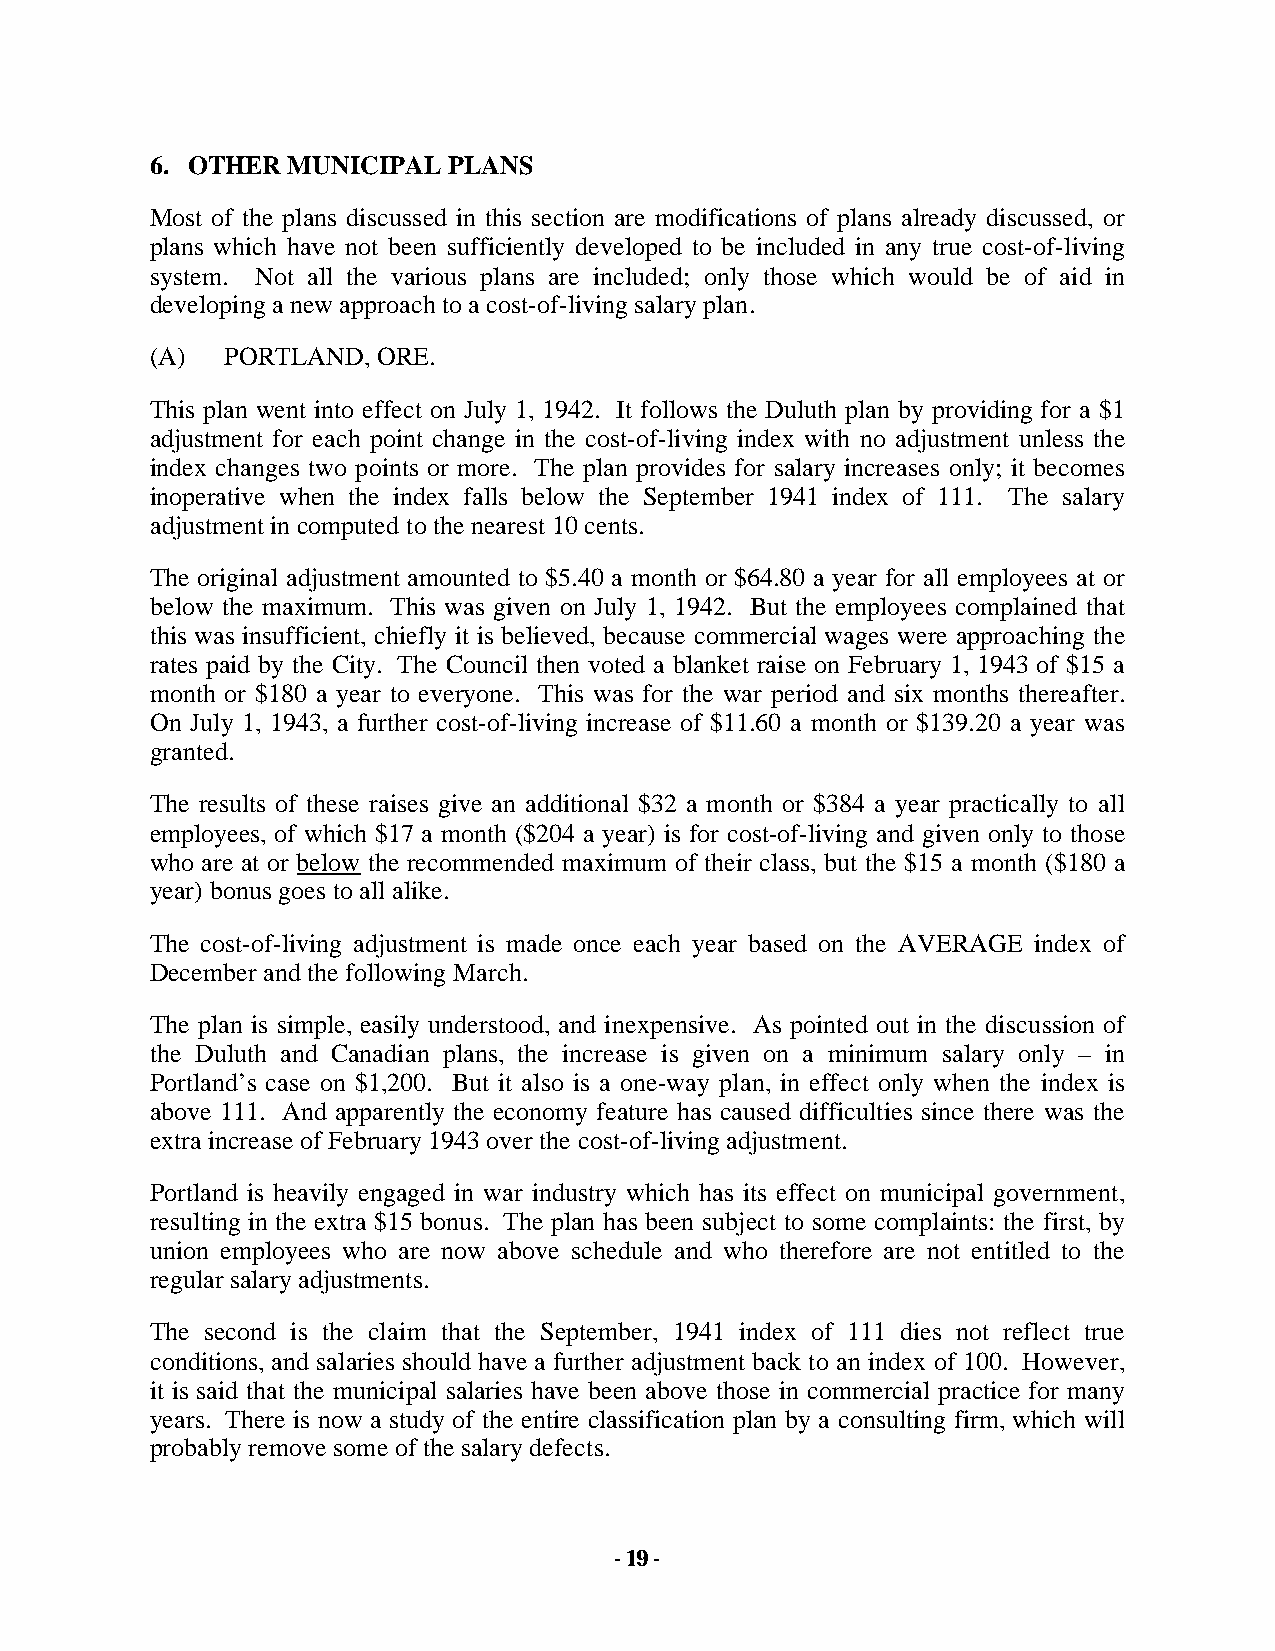
6. OTHER MUNICIPAL  PLANS
 Most of the plans discussed in this section are modifications of plans already discussed, or
 plans which have not been sufficiently developed to be included in any true cost-of-living
 system. Not all the various plans are included; only those which would be of aid in
 developing a new approach to a cost-of-living salary plan.
 (A)  PORTLAND, ORE.
 This plan went into effect on July 1, 1942. It follows the Duluth plan by providing for a $1
 adjustment for each point change in the cost-of-living index with no adjustment unless the
 index changes two points or more. The plan provides for salary increases only; it becomes
 inoperative when the index falls below the September 1941 index of 111. The salary
 adjustment in computed to the nearest 10 cents.
 The original adjustment amounted to $5.40 a month or $64.80 a year for all employees at or
 below the maximum. This was given on July 1, 1942. But the employees complained that
 this was insufficient, chiefly it is believed, because commercial wages were approaching the
 rates paid by the City. The Council then voted a blanket raise on February 1, 1943 of $15 a
 month or $180 a year to everyone. This was for the war period and six months thereafter.
 On July 1, 1943, a further cost-of-living increase of $11.60 a month or $139.20 a year was
 granted.
 The results of these raises give an additional $32 a month or $384 a year practically to all
 employees, of which $17 a month ($204 a year) is for cost-of-living and given only to those
 who are at or below the recommended maximum of their class, but the $15 a month ($180 a
 year) bonus goes to all alike.
 The cost-of-living adjustment is made once each year based on the AVERAGE index of
 December and the following March.
 The plan is simple, easily understood, and inexpensive. As pointed out in the discussion of
 the Duluth and Canadian plans, the increase is given on a minimum salary only – in
 Portland’s case on $1,200. But it also is a one-way plan, in effect only when the index is
 above 111. And apparently the economy feature has caused difficulties since there was the
 extra increase of February 1943 over the cost-of-living adjustment.
 Portland is heavily engaged in war industry which has its effect on municipal government,
 resulting in the extra $15 bonus. The plan has been subject to some complaints: the first, by
 union employees who are now above schedule and who therefore are not entitled to the
 regular salary adjustments.
 The second is the claim that the September, 1941 index of 111 dies not reflect true
 conditions, and salaries should have a further adjustment back to an index of 100. However,
 it is said that the municipal salaries have been above those in commercial practice for many
 years. There is now a study of the entire classification plan by a consulting firm, which will
 probably remove some of the salary defects.
 - 19 -